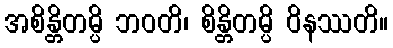
အစိန္တိတမ္ပိ ဘဝတိ၊ စိန္တိတမ္ပိ ဝိနဿတိ။